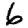
Digit: 6